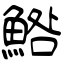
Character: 鯦